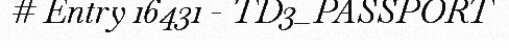
# Entry 16431 - TD3_PASSPORT